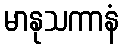
မာနုသကာနံ